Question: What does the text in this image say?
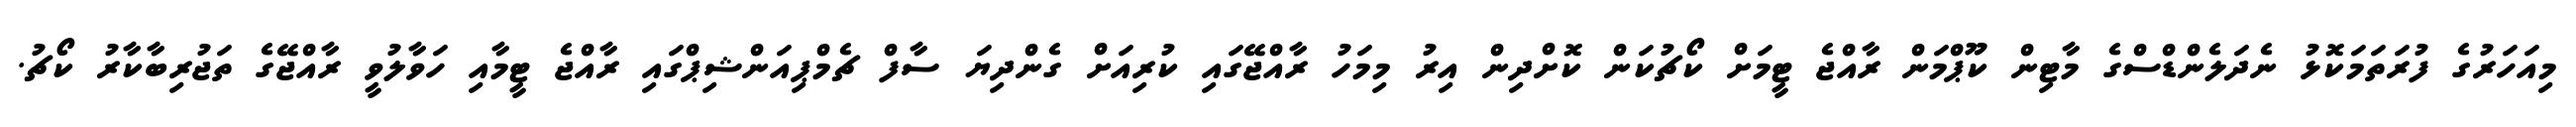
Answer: މިއަހަރުގެ ފުރަތަމަކޮޅު ނެދަލެންޑްސްގެ މާޓިން ކޫޕްމަން ރާއްޖެ ޓީމަށް ކޯޗުކަން ކޮށްދިން އިރު މިމަހު ރާއްޖޭގައި ކުރިއަށް ގެންދިޔަ ސާފް ޗެމްޕިއަންޝިޕްގައި ރާއްޖެ ޓީމާއި ހަވާލުވީ ރާއްޖޭގެ ތަޖުރިބާކާރު ކޯޗު.